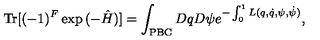
\mathrm { T r } [ ( - 1 ) ^ { F } \exp { ( - \hat { H } ) } ] = \int _ { \mathrm { \tiny { P B C } } } D q D \psi e ^ { - \int _ { 0 } ^ { 1 } L ( q , \dot { q } , \psi , \dot { \psi } ) } ,